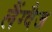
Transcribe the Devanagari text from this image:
लैंग्वैज